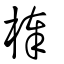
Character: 棒